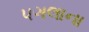
પગલાના